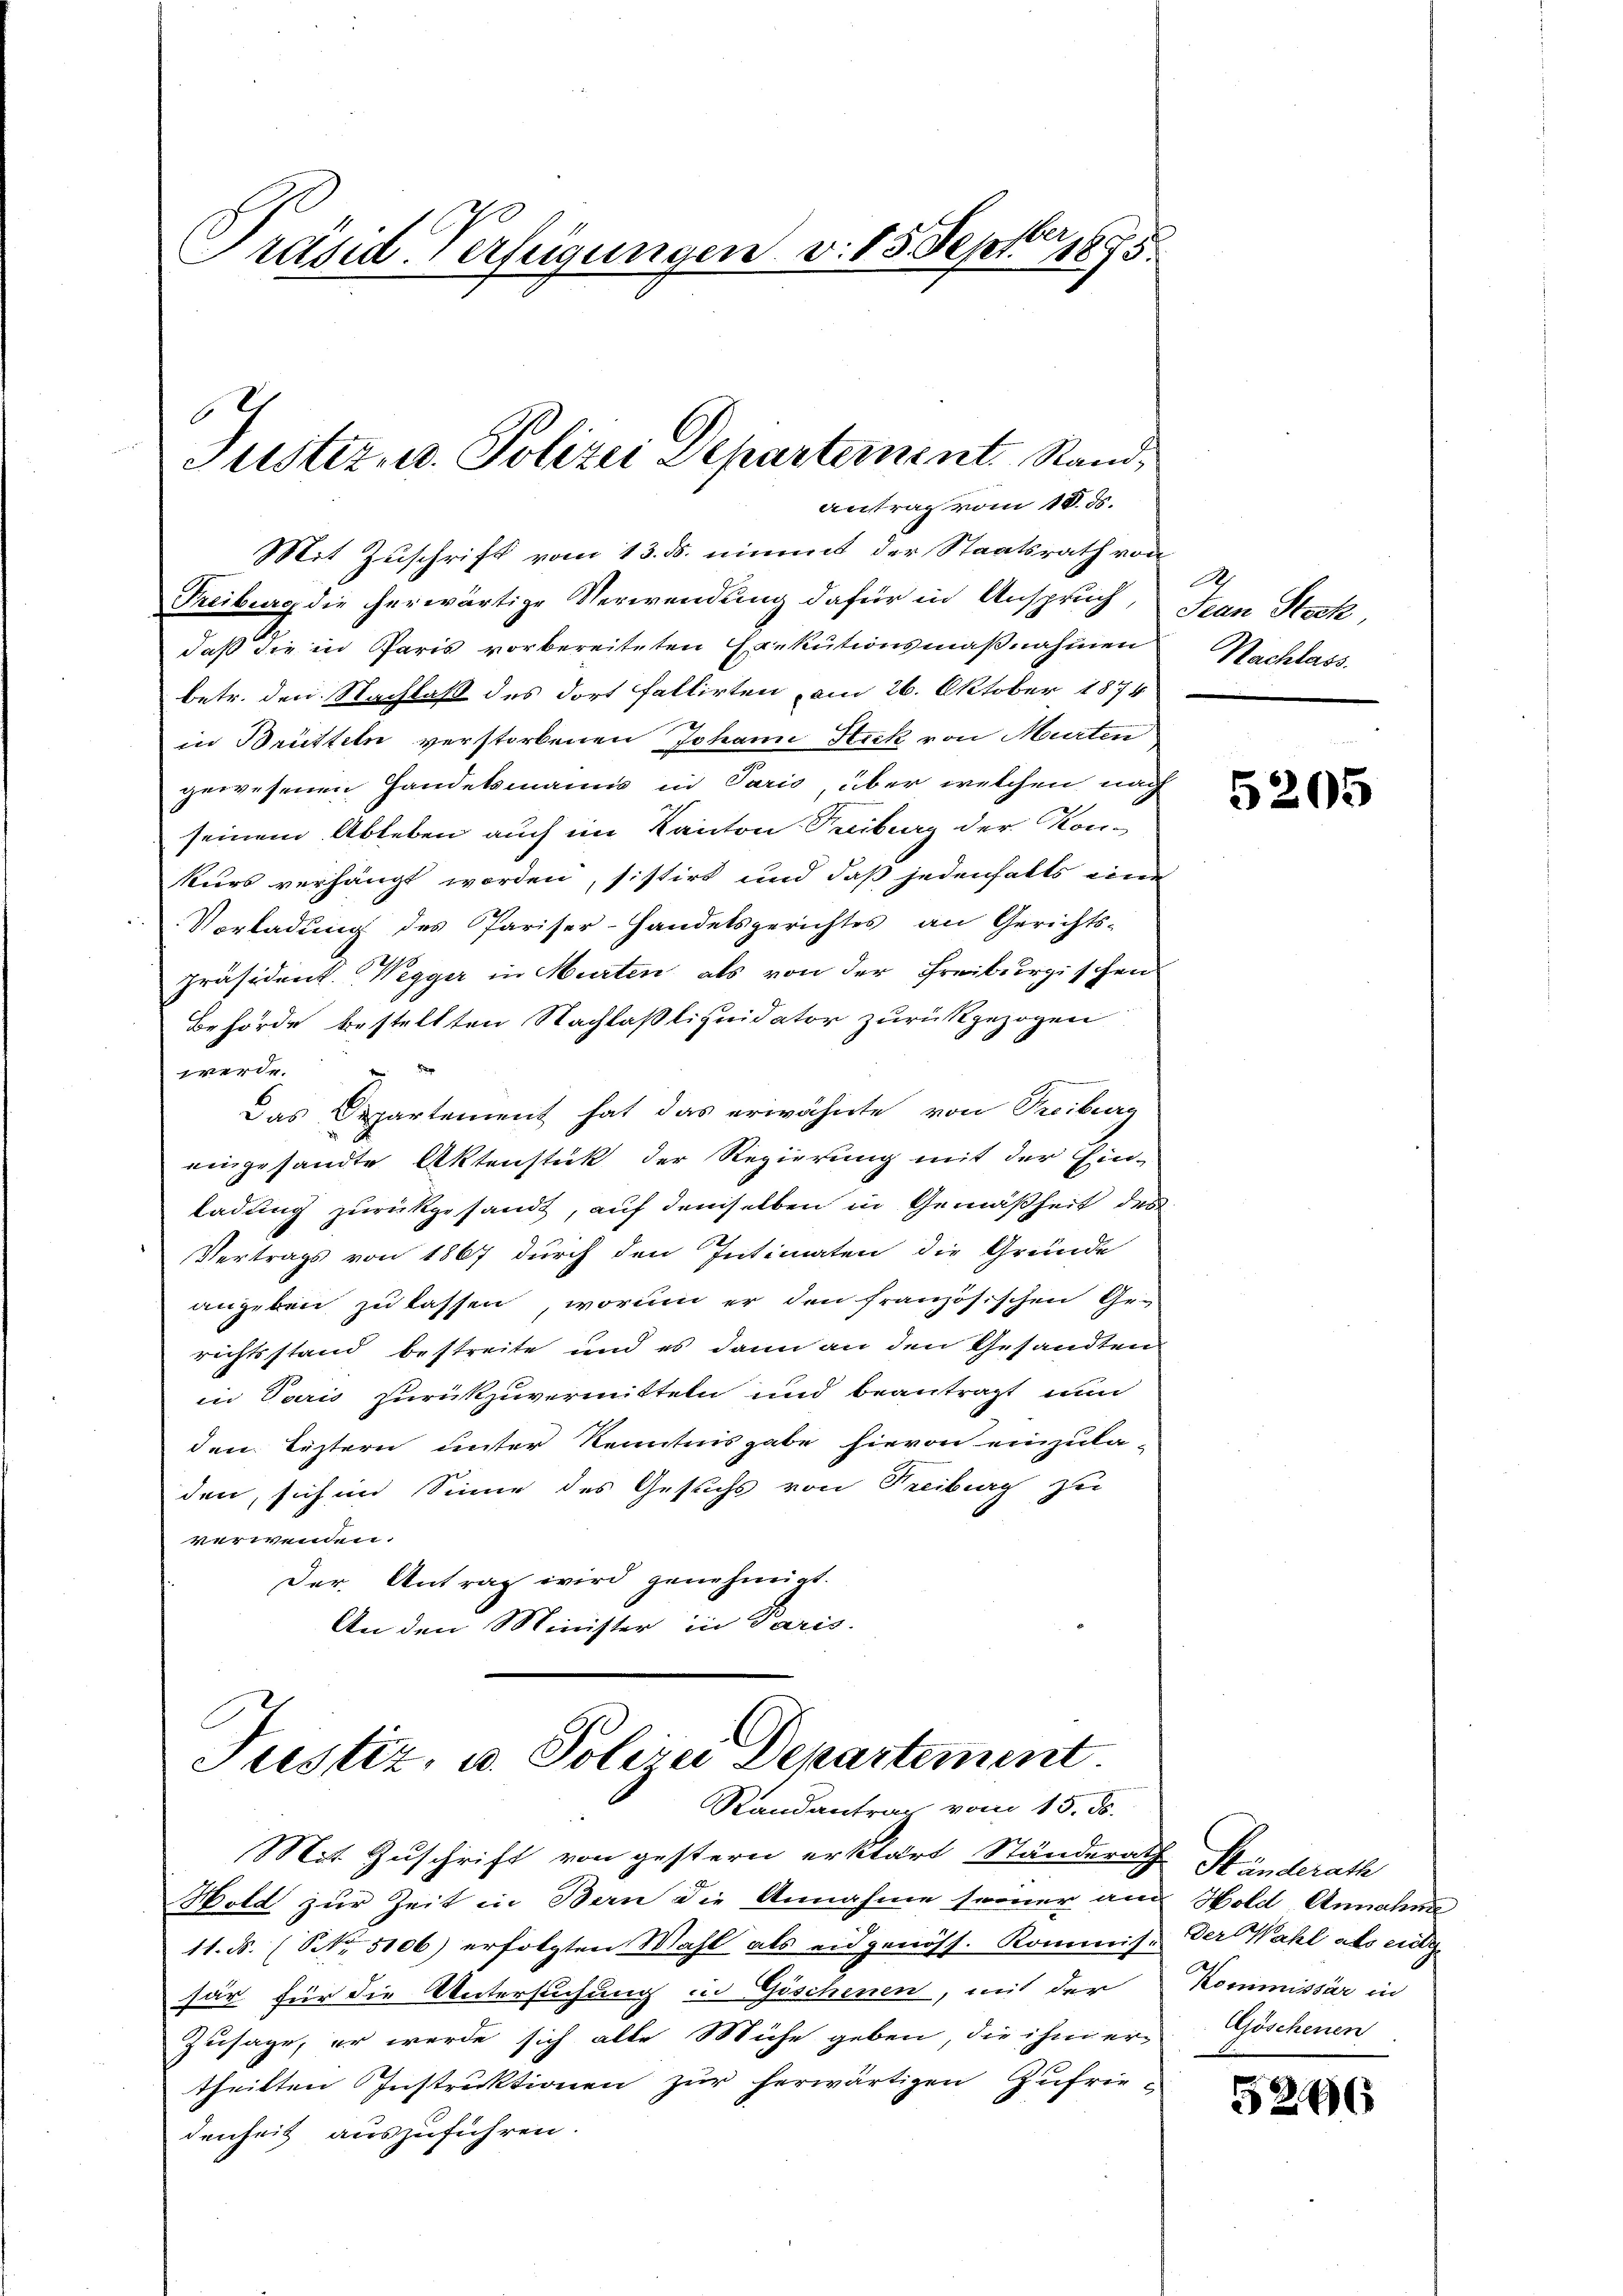
Präsid. Verfügungen. v. 15 Septer 1895.

Mit Zuschrift vom 13. ds. nimmt der Staatsrath von
Treiburg die herwärtige Verwendung dafür in Anspruch, Jean Steck,
daß die in Paris vorbereiteten Exekutionsmaßnahmen
betr. den Nachlaß des dort fallirten am 26. Oktober 1874
in Brütteln verstorbenen Johann Stick von Murten
gewesenen Handelsmanns in Paris über welchen nach
seinem Ableben auch im Kanton Fribourg der Kon-
kurs verhängt worden, sistirt und daß jedenfalls eine
Vorladung des Pariser-Handelsgerichtes an Gerichts-
Präsident. Wegger in Hurten als von der Freiburgischen
Behörde bestellten Nachlaßliquidator zurückgezogen
1
werde.
Das Departement hat das erwähnte von Treiburg
eingesandte Aktenstück der Regierung mit der Einladung zurückgesandt, auf demselben in Gemäßheit des
Vertrags von 1867 durch den Intimaten die Gründe
angeben zu lassen, worinn er den französischen Ge-
richtsstand bestreite und es dann an den Gesandten
in Paris zurückzuvermitteln und beantragt nun
den Listern unter Kenntnisgabe hievon einzuladen, sich im Sinne des Gesuchs von Freiburg zu
verwenden.
Der Antrag wird genehmigt.
An den Minister in Paris.

6
Justiz- u. Polizei Departement Rand
antrag vom 18. ds.

Justiz, u. Polizei Departement.
Randantrag vom 15. ds.
Mit Zuschrift von gestern erklärt Ständerath Ständerath

Wold zur Zeit in Bern die Annahme seiner am
11. ds. (Nr. 5106) erfolgten Wahl als eidgenöss. Kommis. Der Wahl als eidg.
sär für die Untersuchung in Gischenen, mit der
Zusage, er werde sich alle Mühe geben, die ihm er-
theilten Instruktionen zur herwärtigen Zufriedenheit auszuführen.

A
Nachlass.

5205

Hold Annahm
Kommissär in
Ajöschenen

5296